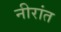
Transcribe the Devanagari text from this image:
नीरांत